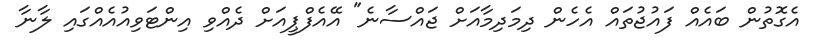
އެގޮތުން ބައެއް ފައުޖުތައް އެހެން ދިމަދިމާއަށް ޖައްސާނެ" އޭއެފްޕީއަށް ދެއްވި އިންޓަވިއުއެއްގައި ލާނާ